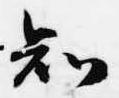
知